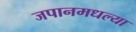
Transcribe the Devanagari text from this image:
जपानमधल्या